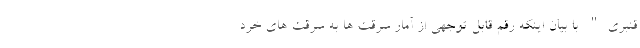
قنبری" با بیان اینکه رقم قابل توجهی از آمار سرقت ها به سرقت های خرد